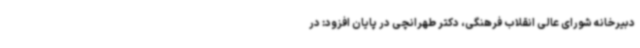
دبیرخانه شورای عالی انقلاب فرهنگی، دکتر طهرانچی در پایان افزود: در